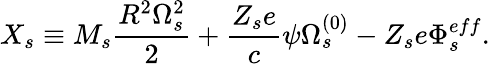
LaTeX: X_{s}\equiv M_{s}\frac{R^{2}\Omega_{s}^{2}}{2}+\frac{Z_{s}e}{c}\psi\Omega_{s}^{\left(0\right)}-Z_{s}e\Phi_{s}^{eff}.